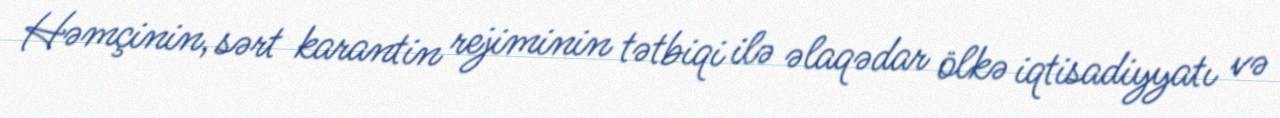
Həmçinin, sərt karantin rejiminin tətbiqi ilə əlaqədar ölkə iqtisadiyyatı və